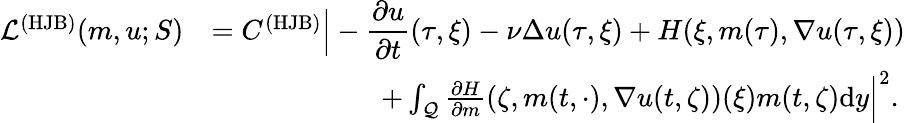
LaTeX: \begin{array}{rl}{\mathcal{L}^{({\mathrm{HJB}})}(m,u;S)}&{=C^{({\mathrm{HJB}})}\Big|\displaystyle-\frac{\partial u}{\partial t}(\tau,\xi)-\nu\Delta u(\tau,\xi)+H(\xi,m(\tau),\nabla u(\tau,\xi))}\\ &{\qquad\qquad\qquad+\int_{\mathcal{Q}}\frac{\partial H}{\partial m}(\zeta,m(t,\cdot),\nabla u(t,\zeta))(\xi)m(t,\zeta)\mathrm{d}y\Big|^{2}.}\end{array}